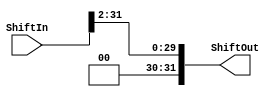
module Shift(ShiftIn, ShiftOut);

    input [31:0] ShiftIn;
    output [31:0] ShiftOut;


    assign ShiftOut = ShiftIn >> 2;
always @(*) begin
    $display("ShiftIn: %b,ShiftOut: %b ", ShiftIn, ShiftOut);
    
end


endmodule